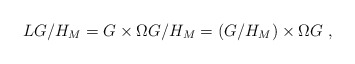
\begin{align*}LG/H_{M}=G\times \Omega G/H_{M}=(G/H_{M})\times \Omega G\, \, ,\end{align*}